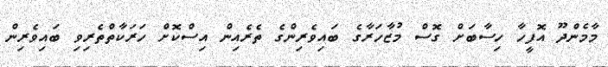
މާމެންދޫ އޮފީހާ ހިސާބަށް ގޮސް މުޒާހަރާގެ ބައިވެރިންގެ ތެރެއިން އިސްކޮށް ހަރަކާތްތެރިވި ބައިވެރިން